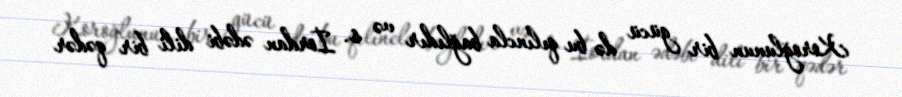
Koroğlunun bir gücü də bu qılıncla bağlıdır və s. İordan ədəbi dili bir qədər